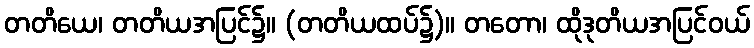
တတိယေ၊ တတိယအပြင်၌။ (တတိယထပ်၌)။ တတော၊ ထိုဒုတိယအပြင်ဝယ်